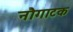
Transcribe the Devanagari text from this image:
नौगाटक